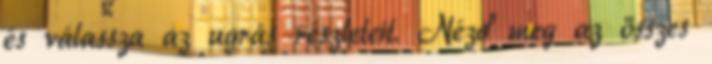
és válassza az ugrás részleteit. Nézd meg az összes